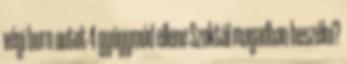
végi burn outot 4 gyógymód ellene Szoktál magadban beszélni?